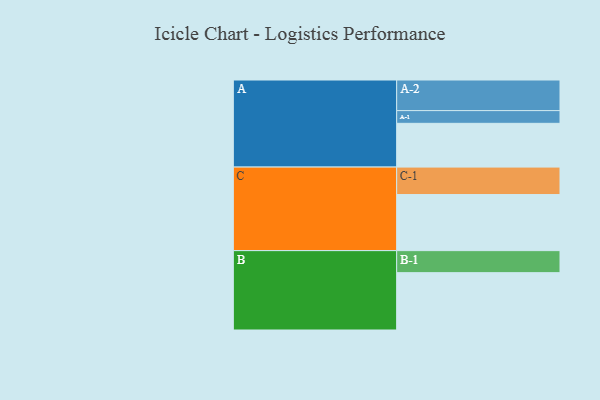
{"axis": {"x": "Segment", "y": "Value"}, "legend": ["", "A", "B", "C"], "data": [{"x": "A", "y": 419, "type": ""}, {"x": "B", "y": 549, "type": ""}, {"x": "C", "y": 537, "type": ""}, {"x": "A-1", "y": 122, "type": "A"}, {"x": "A-2", "y": 293, "type": "A"}, {"x": "B-1", "y": 211, "type": "B"}, {"x": "C-1", "y": 263, "type": "C"}]}